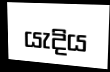
යැදිය